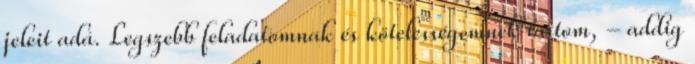
jeleit adá. Legszebb feladatomnak és kötelességemnek tartom, - addig